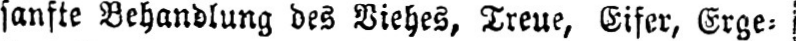
sanfte Behandlung des Viehes, Treue, Eifer, Erge⸗